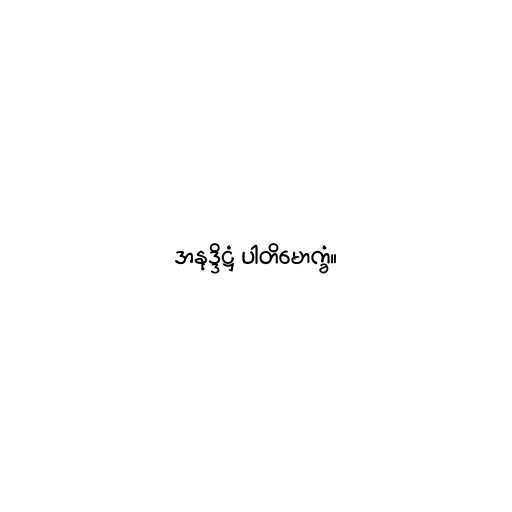
အနုဒ္ဒိဋ္ဌံ ပါတိမောက္ခံ။